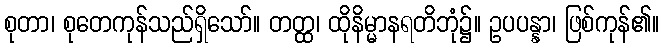
စုတာ၊ စုတေကုန်သည်ရှိသော်။ တတ္ထ၊ ထိုနိမ္မာနရတိဘုံ၌။ ဥပပန္နာ၊ ဖြစ်ကုန်၏။